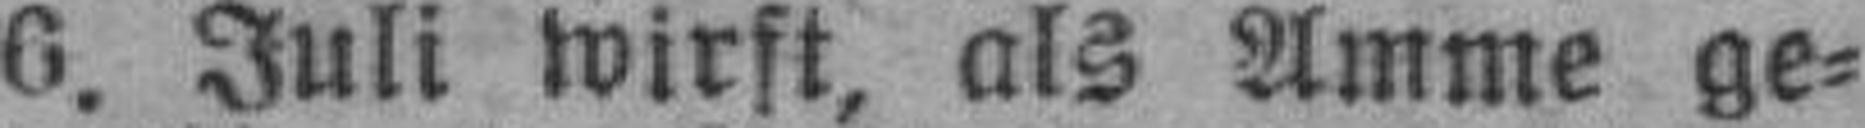
6. Juli wirft, als Amme ge¬